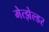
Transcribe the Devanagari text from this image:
मेत्झेल्डर